Report of the Indian Hemp Drugs Commission, 1894-1895 - Volume V
Year: 1894
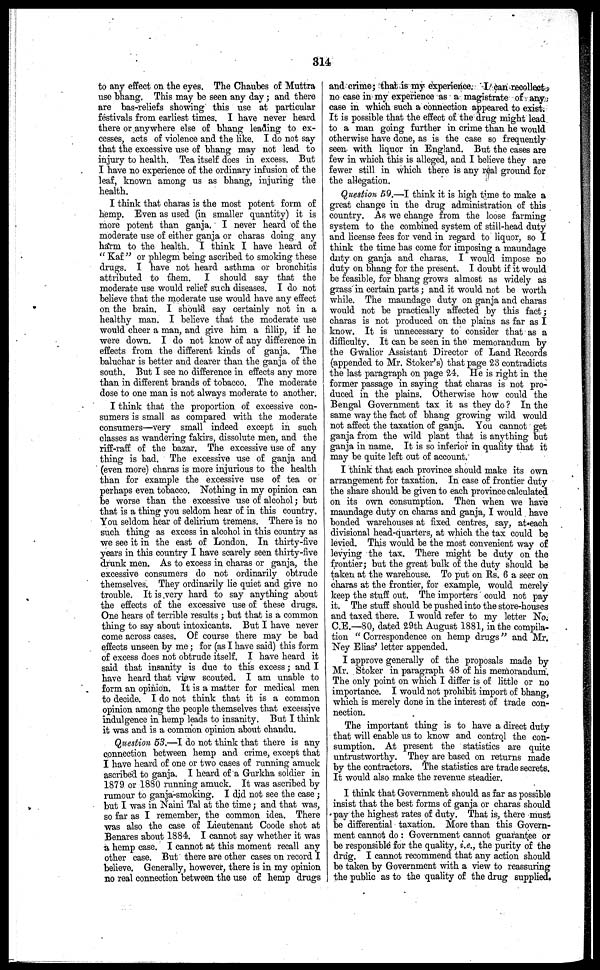
314
to any effect on the eyes. The Chaubes of Muttra
use bhang. This may be seen any day; and there
are bas-reliefs showing this use at particular
festivals from earliest times. I have never heard
there or anywhere else of bhang leading to ex-
cesses, acts of violence and the like. I do not say
that the excessive use of bhang may not lead to
injury to health. Tea itself does in excess. But
I have no experience of the ordinary infusion of the
leaf, known among us as bhang, injuring the
health.
I think that charas is the most potent form of
hemp. Even as used (in smaller quantity) it is
more potent than ganja. I never heard of the
moderate use of either ganja or charas doing any
harm to the health. I think I have heard of
"Kaf" or phlegm being ascribed to smoking these
drugs. I have not heard asthma or bronchitis
attributed to them. I should say that the
moderate use would relief such diseases. I do not
believe that the moderate use would have any effect
on the brain. I should say certainly not in a
healthy man. I believe that the moderate use
would cheer a man, and give him a fillip, if he
were down. I do not know of any difference in
effects from the different kinds of ganja. The
baluchar is better and dearer than the ganja of the
south. But I see no difference in effects any more
than in different brands of tobacco. The moderate
dose to one man is not always moderate to another.
I think that the proportion of excessive con-
sumers is small as compared with the moderate
consumers—very small indeed except in such
classes as wandering fakirs, dissolute men, and the
riff-raff of the bazar. The excessive use of any
thing is bad. The excessive use of ganja and
(even more) charas is more injurious to the health
than for example the excessive use of tea or
perhaps even tobacco. Nothing in my opinion can
be worse than the excessive use of alcohol; but
that is a thing you seldom hear of in this country.
You seldom hear of delirium tremens. There is no |
such tiling as excess in alcohol in this country as
we see it in the east of London. In thirty-five
years in this country I have scarely seen thirty-five
drunk men. As to excess in charas or ganja, the
excessive consumers do not ordinarily obtrude
themselves. They ordinarily lie quiet and give no
trouble. It is very hard to say anything about
the effects of the excessive use of these drugs.
One hears of terrible results; but that is a common
thing to say about intoxicants. But I have never
come across cases. Of course there may be bad
effects unseen by me; for (as I have said) this form
of excess does not obtrude itself. I have heard it
said that insanity is due to this excess; and I
have heard that view scouted. I am unable to
form an opinion. It is a matter for medical men
to decide. I do not think that it is a common
opinion among the people themselves that excessive
indulgence in hemp leads to insanity. But I think
it was and is a common opinion about chandu.
Question 53.—I do not think that there is any
connection between hemp and crime, except that
I have heard of one or two cases of running amuck
ascribed to ganja. I heard of a Gurkha soldier in
1879 or 1880 running amuck. It was ascribed by
rumour to ganja-smoking. I did not see the case;
but I was in Naini Tal at the time; and that was,
so far as I remember, the common idea. There
was also the case of Lieutenant Coode shot at
Benares about 1884. I cannot say whether it was
a hemp case. I cannot at this moment recall any
other case. But there are other cases on record I
believe. Generally, however, there is in my opinion
no real connection between the use of hemp drugs
and crime; that is my experience. I can recollect
no case in my experience as a magistrate of any
case in which such a connection appeared to exist.
It is possible that the effect of the drug might lead
to a man going further in crime than he would
otherwise have done, as is the case so frequently
seen with liquor in England. But the cases are
few in which this is alleged, and I believe they are
fewer still in which there is any real ground for
the allegation.
Question 59.—I think it is high time to make a
great change in the drug administration of this
country. As we change from the loose farming
system to the combined system of still-head duty
and license fees for vend in regard to liquor, so I
think the time has come for imposing a maundage
duty on ganja and charas. I would impose no
duty on bhang for the present. I doubt if it would
be feasible, for bhang grows almost as widely as
grass in certain parts; and it would not be worth
while. The maundage duty on ganja and charas
would not be practically affected by this fact;
charas is not produced on the plains as far as I
know. It is unnecessary to consider that as a
difficulty. It can be seen in the memorandum by
the Gwalior Assistant Director of Land Records
(appended to Mr. Stoker's) that page 23 contradicts
the last paragraph on page 24. He is right in the
former passage in saying that charas is not pro-
duced in the plains. Otherwise how could the
Bengal Government tax it as they do? In the
same way the fact of bhang growing wild would
not affect the taxation of ganja. You cannot get
ganja from the wild plant that is anything but
ganja in name. It is so inferior in quality that it
may be quite left out of account.
I think that each province should make its own
arrangement for taxation. In case of frontier duty
the share should be given to each province calculated
on its own consumption. Then when we have
maundage duty on charas and ganja, I would have
bonded warehouses at fixed centres, say, at each
divisional head-quarters, at which the tax could be
levied. This would be the most convenient way of
levying the tax. There might be duty on the
frontier; but the great bulk of the duty should be
taken at the warehouse. To put on Rs. 6 a seer on
charas at the frontier, for example, would merely
keep the stuff out. The importers could not pay
it. The stuff should be pushed into the store-houses
and taxed there. I would refer to my letter No.
C.E.—80, dated 29th August 1881, in the compila-
tion "Correspondence on hemp drugs" and Mr.
Ney Elias' letter appended.
I approve generally of the proposals made by
Mr. Stoker in paragraph 48 of his memorandum.
The only point on which I differ is of little or no
importance. I would not prohibit import of bhang,
which is merely done in the interest of trade con-
nection.
The important thing is to have a direct duty
that will enable us to know and control the con-
sumption. At present the statistics are quite
untrustworthy. They are based on returns made
by the contractors. The statistics are trade secrets.
It would also make the revenue steadier.
I think that Government should as far as possible
insist that the best forms of ganja or charas should
pay the highest rates of duty. That is, there must
be differential taxation. More than this Govern-
ment cannot do: Government cannot guarantee or
be responsible for the quality, i.e., the purity of the
drug. I cannot recommend that any action should
be taken by Government with a view to reassuring
the public as to the quality of the drug supplied.